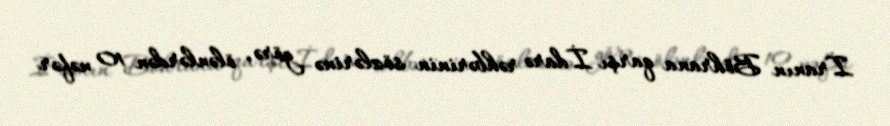
İranın Böhrana qarşı İdarə rəhbərinin sözlərinə görə, ölənlərdən 10 nəfər